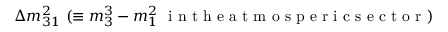
\Delta { m } _ { 3 1 } ^ { 2 } ~ ( \equiv { m } _ { 3 } ^ { 3 } - { m } _ { 1 } ^ { 2 } ~ \mathrm { ~ i ~ n ~ t ~ h ~ e ~ a ~ t ~ m ~ o ~ s ~ p ~ e ~ r ~ i ~ c ~ s ~ e ~ c ~ t ~ o ~ r ~ } )